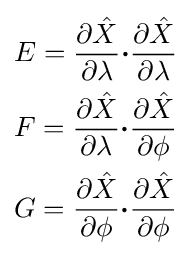
{\begin{aligned}&E={\frac {\partial {\hat {X}}}{\partial \lambda }}{\boldsymbol {\cdot }}{\frac {\partial {\hat {X}}}{\partial \lambda }}\\&F={\frac {\partial {\hat {X}}}{\partial \lambda }}{\boldsymbol {\cdot }}{\frac {\partial {\hat {X}}}{\partial \phi }}\\&G={\frac {\partial {\hat {X}}}{\partial \phi }}{\boldsymbol {\cdot }}{\frac {\partial {\hat {X}}}{\partial \phi }}\\\end{aligned}}